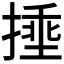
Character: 𪮜